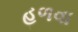
હળવા